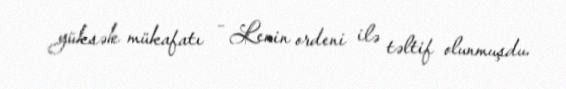
yüksək mükafatı – Lenin ordeni ilə təltif olunmuşdu.